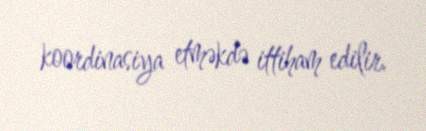
koordinasiya etməkdə ittiham edilir.